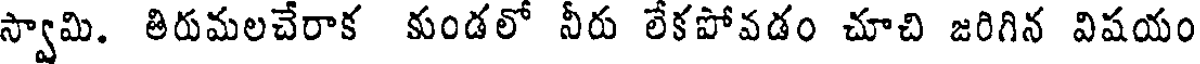
స్వామి. తిరుమలచేరాక కుండలో నీరు లేకపోవడం చూచి జరిగిన విషయం